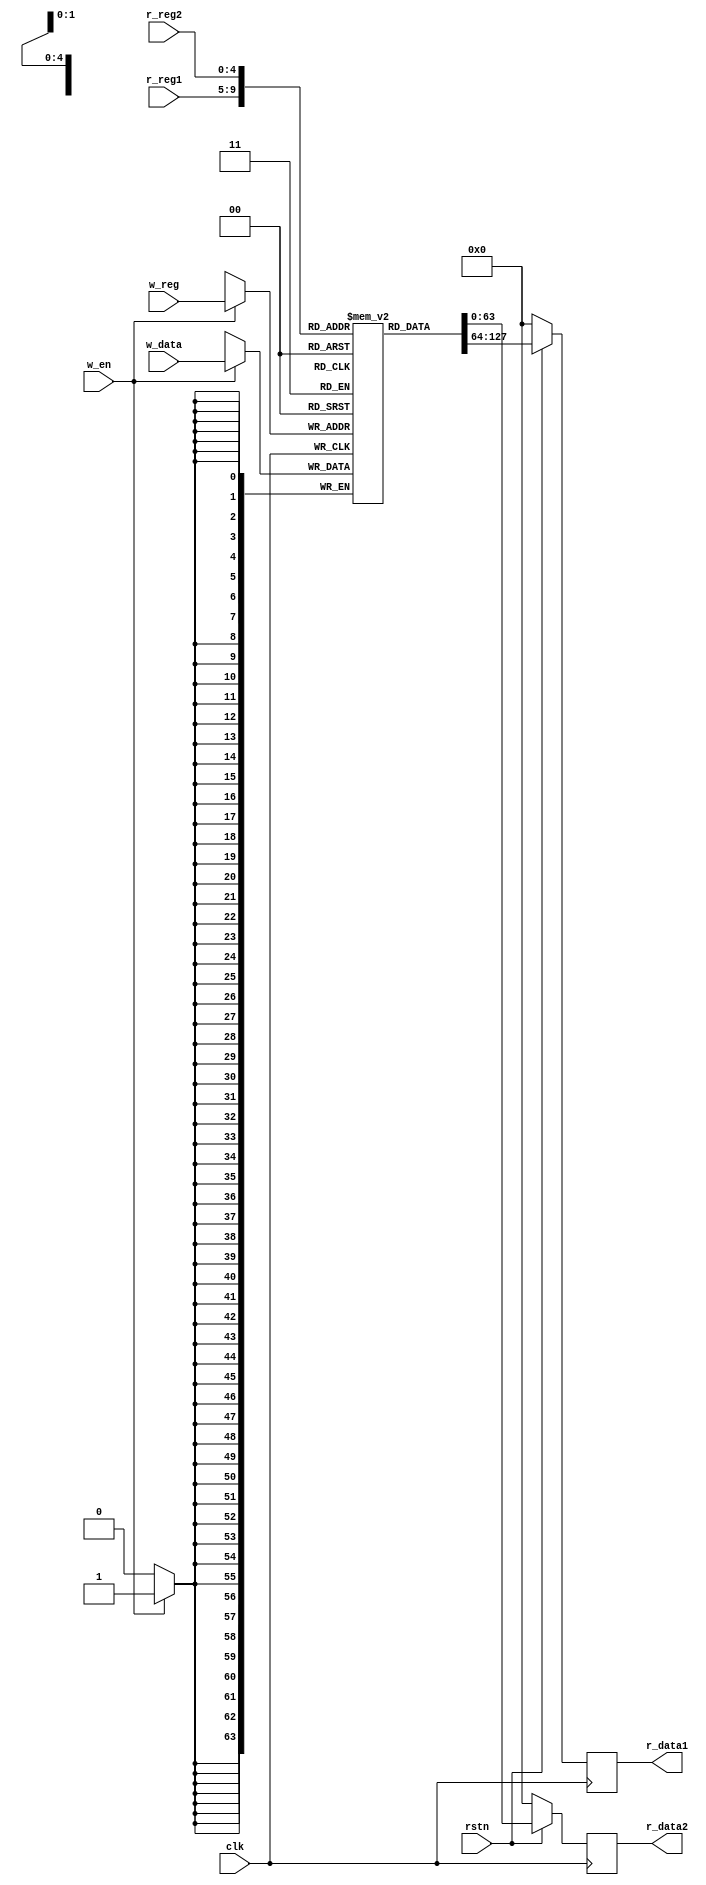
`timescale 1ns/1ps

module  reg_file(
    input           clk,
    input           rstn,
    input   [4:0]   r_reg1,
    input   [4:0]   r_reg2,
    input   [4:0]   w_reg,
    input   [63:0]  w_data,
    input           w_en,

    output  reg [63:0]  r_data1,
    output  reg [63:0]  r_data2
);

reg [63:0]  mem [31:0];

always @(posedge clk) begin
    if(w_en)   
    begin
        mem[w_reg]  <=  w_data;
    end
end

always  @(posedge clk)    begin
    if(!rstn)   begin
        r_data1 <=  'd0;
        r_data2 <=  'd0;
    end
    else    begin
        r_data1 <=  mem[r_reg1];
        r_data2 <=  mem[r_reg2];
    end
end

integer i;

initial begin
    for(i=0;i<32;i=i+1) begin
        mem[i]  <=  'd0;
    end
end

wire [63:0] x0  =mem[0];
wire [63:0] x1  =mem[1];
wire [63:0] x2  =mem[2];
wire [63:0] x3  =mem[3];
wire [63:0] x4  =mem[4];
wire [63:0] x5  =mem[5];
wire [63:0] x6  =mem[6];
wire [63:0] x7  =mem[7];
wire [63:0] x8  =mem[8];
wire [63:0] x9  =mem[9];
wire [63:0] x10  =mem[10];
wire [63:0] x11  =mem[11];
wire [63:0] x12  =mem[12];
wire [63:0] x13  =mem[13];
wire [63:0] x14  =mem[14];
wire [63:0] x15  =mem[15];
wire [63:0] x16  =mem[16];
wire [63:0] x17  =mem[17];
wire [63:0] x18  =mem[18];
wire [63:0] x19  =mem[19];
wire [63:0] x20  =mem[20];
wire [63:0] x21  =mem[21];
wire [63:0] x22  =mem[22];
wire [63:0] x23  =mem[23];
wire [63:0] x24  =mem[24];
wire [63:0] x25  =mem[25];
wire [63:0] x26  =mem[26];
wire [63:0] x27  =mem[27];
wire [63:0] x28  =mem[28];
wire [63:0] x29  =mem[29];
wire [63:0] x30  =mem[30];
wire [63:0] x31  =mem[31];

endmodule